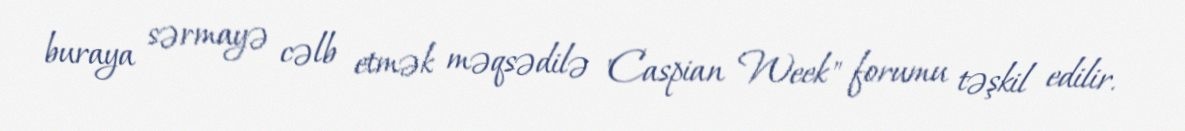
buraya sərmayə cəlb etmək məqsədilə "Caspian Week" forumu təşkil edilir.